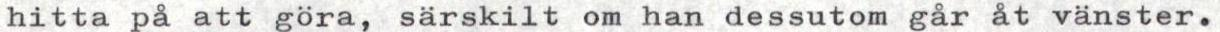
hitta på att göra, särskilt om han dessutom går åt vänster.